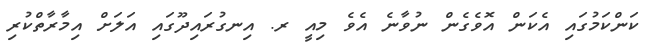
ކަންކަމުގައި އެކަން އޮވެގެން ނުވާނެ އެވެ މިއީ ރ. އިނގުރައިދޫގައި އަލަށް އިމާރާތްކުރި